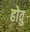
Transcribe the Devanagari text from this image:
होवु